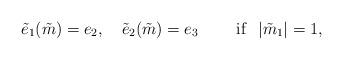
LaTeX: \begin{align*}\tilde{e}_1(\tilde{m})=e_2,\ \ \ \tilde{e}_2(\tilde{m})=e_3\ \ \ \ \ \ \ {\rm if}\ \ |\tilde{m}_1|=1,\end{align*}